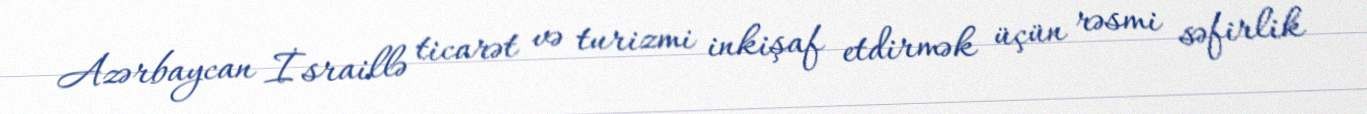
Azərbaycan İsraillə ticarət və turizmi inkişaf etdirmək üçün rəsmi səfirlik